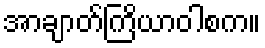
အာချာတ်ကြိယာဝါစက။